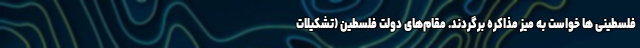
فلسطینی ها خواست به میز مذاکره برگردند. مقام‌های دولت فلسطین (تشکیلات